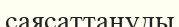
саясаттануды